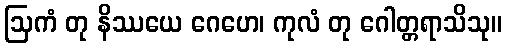
ဩကံ တု နိဿယေ ဂေဟေ၊ ကုလံ တု ဂေါတ္တရာသိသု။